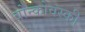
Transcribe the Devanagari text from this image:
बोन्कोवस्की